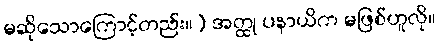
မဆိုသောကြောင့်တည်း။) အတ္ထု ပနာယိက မဖြစ်ဟူလို။